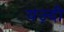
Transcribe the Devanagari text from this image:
यज़्दी